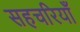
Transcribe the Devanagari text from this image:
सहचरियाँ